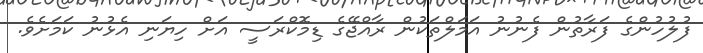
ފުލުހުންގެ ފަރާތުން ފެނުނު އަމަލްތަކުން ރާއްޖޭގެ ޑިމޮކްރަސީ އަށް ހިޔަނި އެޅުނު ކަމަށެވެ.